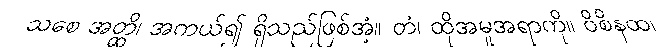
သစေ အတ္ထိ၊ အကယ်၍ ရှိသည်ဖြစ်အံ့။ တံ၊ ထိုအမူအရာကို။ ဝိစိနထ၊